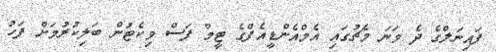
ފައިނަލްގެ ދެ ވަނަ މެޗުގައި އެމްއެންޑީއެފްގެ ޓީމް ފަސް ވިކެޓުން ބަލިކުރުމަށް ފަހު